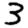
Digit: 3